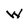
Character: W